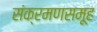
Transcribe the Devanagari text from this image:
संक्रमणसमूह